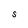
Character: S